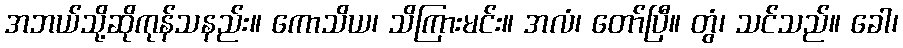
အဘယ်သို့ဆိုကုန်သနည်း။ ကောသိယ၊ သိကြားမင်း။ အလံ၊ တော်ပြီ။ တွံ၊ သင်သည်။ ခေါ၊